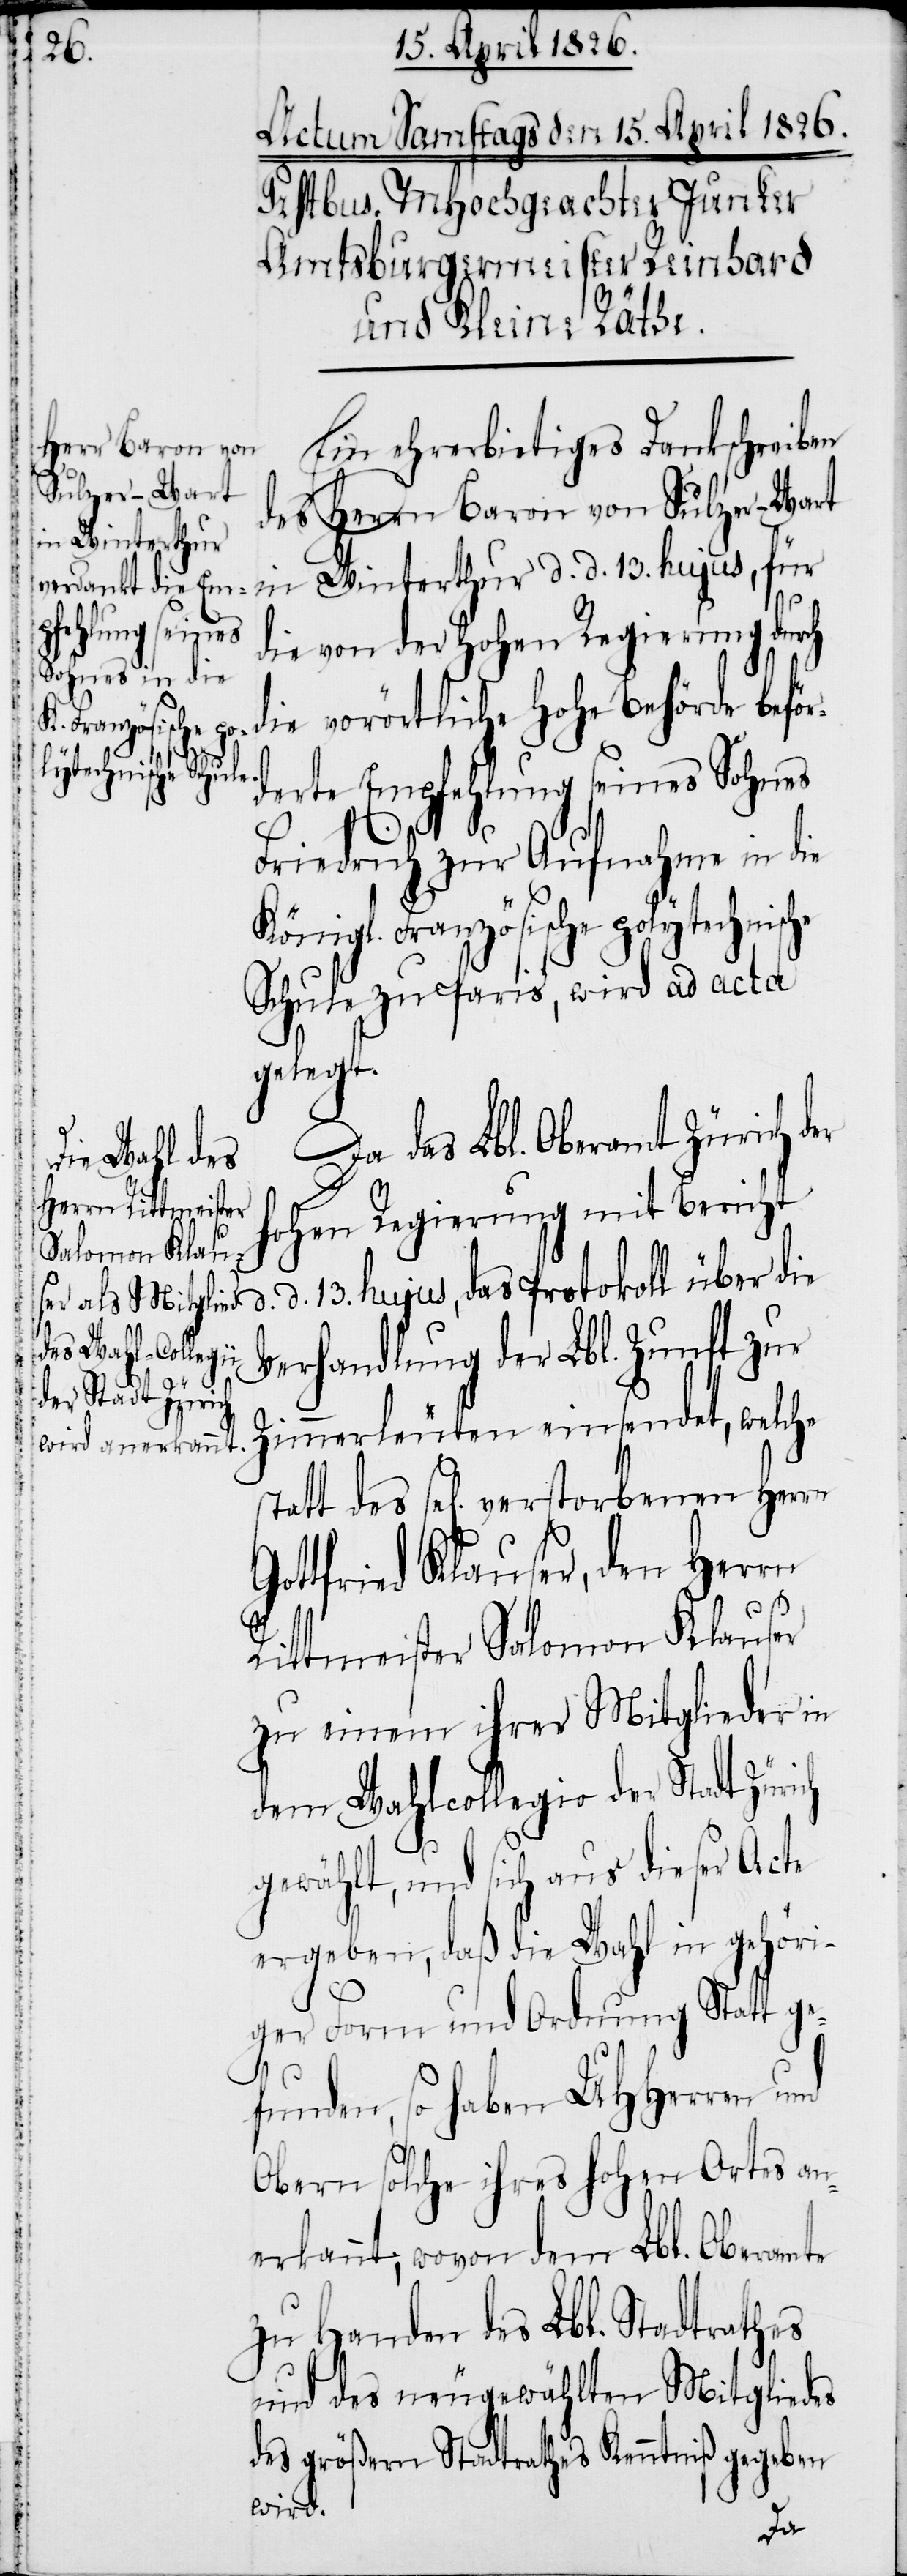
Ein ehrerbietiges Dankschreiben
des Herrn Baron von Sulzer-Wart
in Winterthur d. d. 13. hujus, für
die von der hohen Regierung durch
die vorörtliche hohe Behörde beför¬
derte Empfehlung seines Sohnes
d.
Friedrich zur Aufnahme in die
Königl. Französische polytechnische
Schule zu Paris, wird ad acta
gelegt.
Da das Lbl. Oberamt Zürich der
hohen Regierung mit Bericht
d. 13. hujus, das Protokoll über die
Verhandlung der Lbl. Zunft zur
Zimmerleuten einsendet, welche
Gottfried Klauser, den Herrn
Rittmeister Salomon Klauser
zu einem ihrer Mitglieder in
dem Wahlcollegio der Stadt Zürich
gewählt, und sich aus dieser Acte
ergeben, daß die Wahl in gehöri¬
ger Form und Ordnung Statt ge¬
funden, so haben UHHerren und
Obern solche ihres hohen Ortes an¬
erkannt; wovon dem Lbl. Oberamte
zu Handen des Lbl. Stadtrathes
und des neugewählten Mitgliedes
des größern Stadtrathes Kenntniß gegeben
wird.